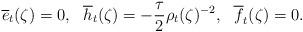
LaTeX: \begin{align*}\overline{e}_{t}(\zeta)=0,\ \ \overline{h}_{t}(\zeta)=-\frac{\tau}{2}\rho_{t}(\zeta)^{-2},\ \ \overline{f}_{t}(\zeta)=0.\end{align*}